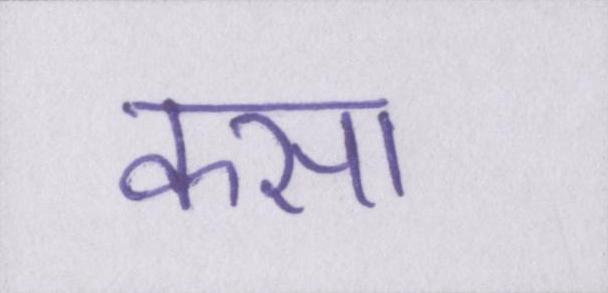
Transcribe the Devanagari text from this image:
कसा